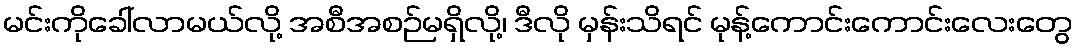
မင်းကိုခေါ်လာမယ်လို့ အစီအစဉ်မရှိလို့၊ ဒီလို မှန်းသိရင် မုန့်ကောင်းကောင်းလေးတွေ